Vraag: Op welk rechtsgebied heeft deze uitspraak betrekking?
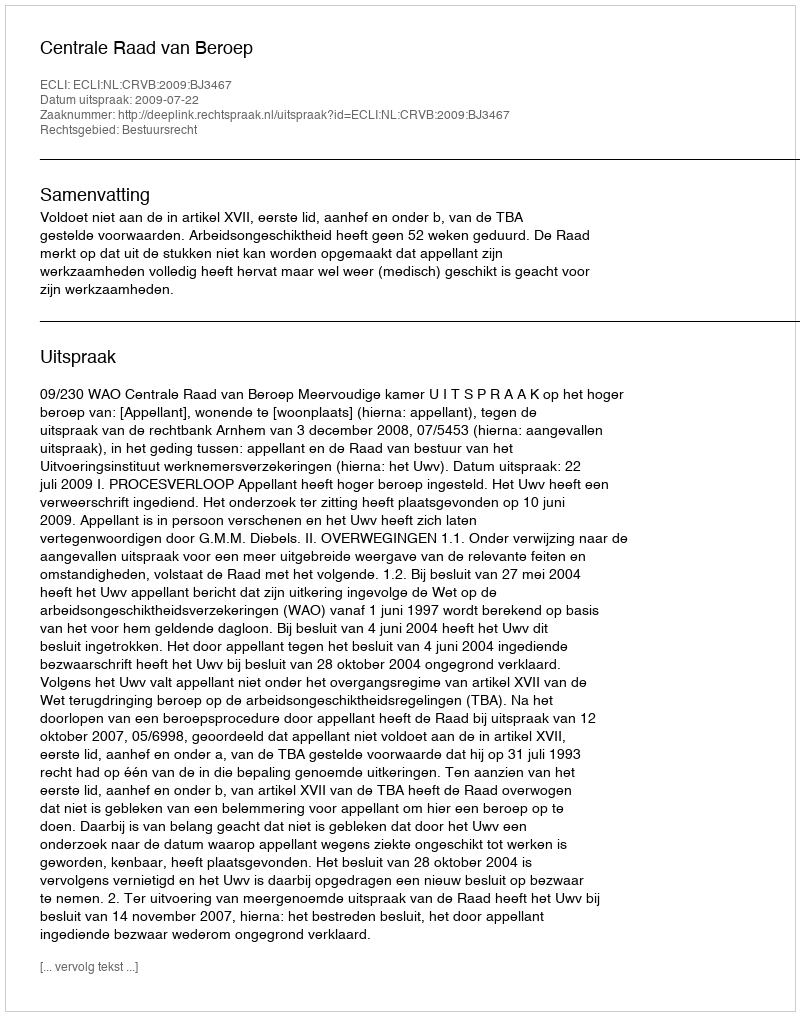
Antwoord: Bestuursrecht